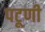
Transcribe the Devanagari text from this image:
पटूणी